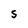
Character: s